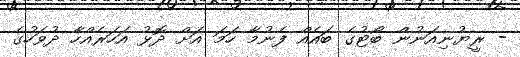
- ރީޔުނިއަނުން ބޯޓުގެ ބައެއް ފެނުމާ ހަމަ އަށް ދޮޅު އަހަރެއްހާ ދުވަހުގެ